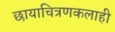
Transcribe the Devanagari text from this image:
छायाचित्रणकलाही